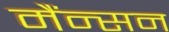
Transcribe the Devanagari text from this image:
मैंन्सन